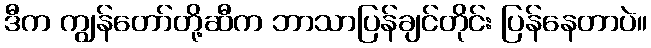
ဒီက ကျွန်တော်တို့ဆီက ဘာသာပြန်ချင်တိုင်း ပြန်နေတာပဲ။